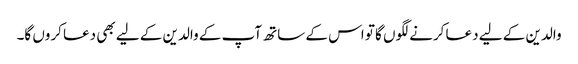
والدین کے لیے دعا کرنے لگوں گا تو اس کے ساتھ آپ کے والدین کے لیے بھی دعا کروں گا۔